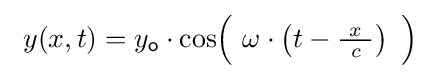
\ y(x,t)=y_{\mathsf {o}}\cdot \cos \!{\Bigl (}\ \omega \cdot \left(t-{\tfrac {\ x\ }{c}}\right)\ {\Bigr )}\